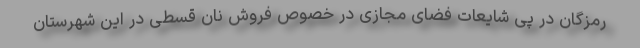
رمزگان در پی شایعات فضای مجازی در خصوص فروش نان قسطی در این شهرستان